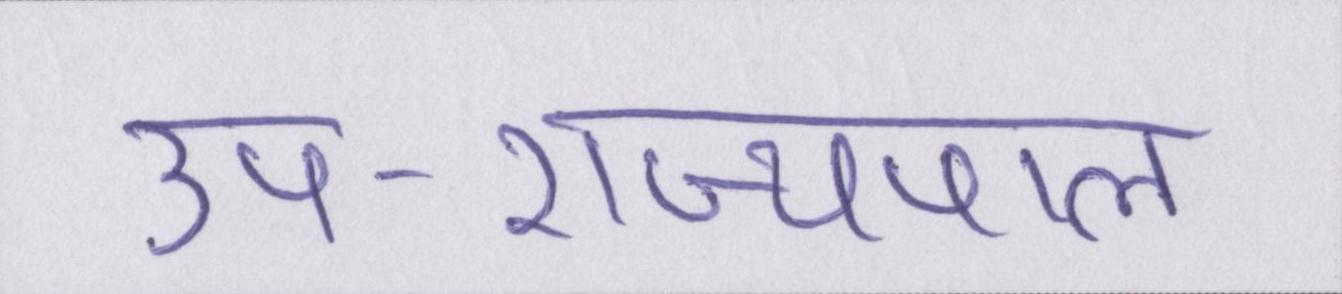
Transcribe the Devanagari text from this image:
उप-राज्यपाल